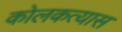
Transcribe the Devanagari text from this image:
कोलकत्यास